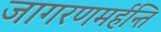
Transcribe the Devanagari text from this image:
जागरणमर्हन्ति